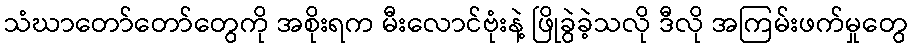
သံဃာတော်တော်တွေကို အစိုးရက မီးလောင်ဗုံးနဲ့ ဖြိုခွဲခဲ့သလို ဒီလို အကြမ်းဖက်မှုတွေ